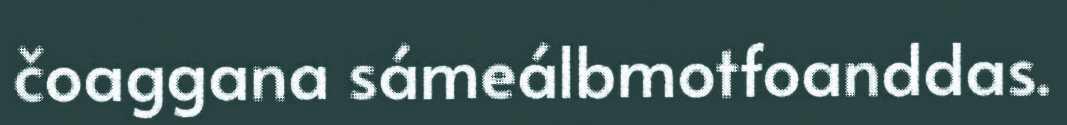
čoaggana sámeálbmotfoanddas.